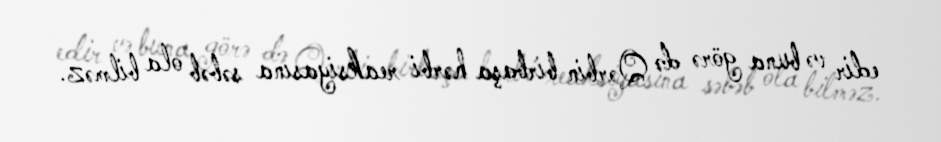
edir və buna görə də Qərbin birbaşa hərbi reaksiyasına səbəb ola bilməz.